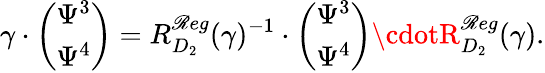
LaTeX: \gamma\cdot\left(\begin{array}{cc}{{\Psi^{3}}}\\ {{\Psi^{4}}}\end{array}\right)=R_{D_{2}}^{\mathscr{R}eg}(\gamma)^{-1}\cdot\left(\begin{array}{cc}{{\Psi^{3}}}\\ {{\Psi^{4}}}\end{array}\right)\cdotR_{D_{2}}^{\mathscr{R}eg}(\gamma).